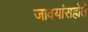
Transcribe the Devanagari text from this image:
जावयांसहोतें